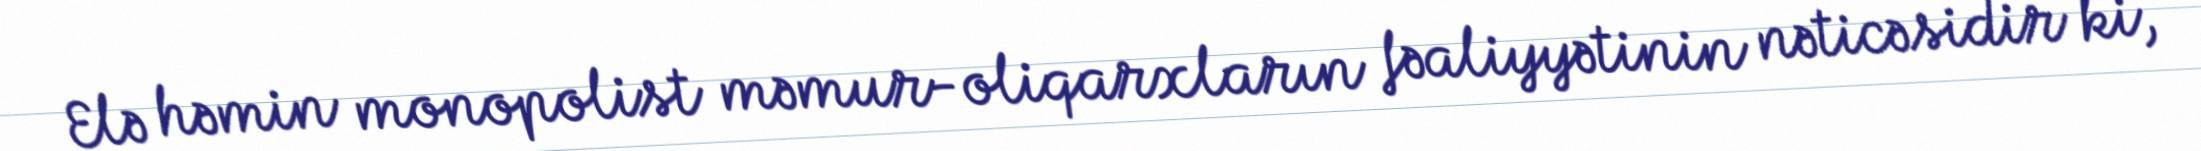
Elə həmin monopolist məmur-oliqarxların fəaliyyətinin nəticəsidir ki,